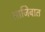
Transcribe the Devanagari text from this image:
आजिबात